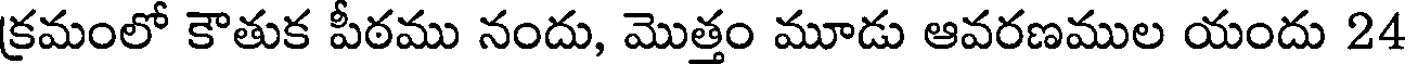
క్రమంలో కౌతుక పీఠము నందు, మొత్తం మూడు ఆవరణముల యందు 24